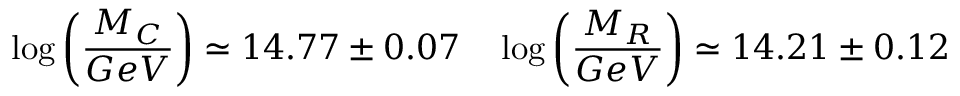
\log \left( { \frac { M _ { C } } { G e V } } \right) \simeq 1 4 . 7 7 \pm 0 . 0 7 \quad \log \left( { \frac { M _ { R } } { G e V } } \right) \simeq 1 4 . 2 1 \pm 0 . 1 2